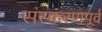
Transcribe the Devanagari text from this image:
संस्करणपूर्व